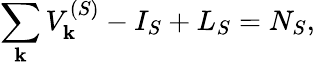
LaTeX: \sum_{\mathbf{k}}V_{\mathbf{k}}^{(S)}-I_{S}+L_{S}=N_{S},